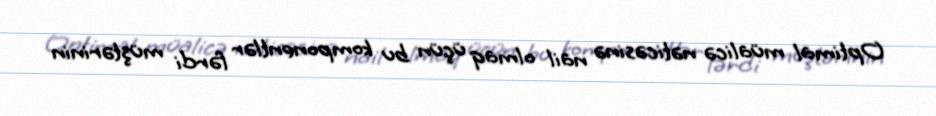
Optimal müalicə nəticəsinə nail olmaq üçün bu komponentlər fərdi müştərinin